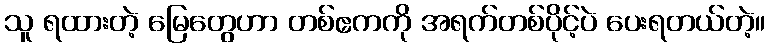
သူ ရထားတဲ့ မြေတွေဟာ တစ်ဧကကို အရက်တစ်ပိုင့်ပဲ ပေးရတယ်တဲ့။